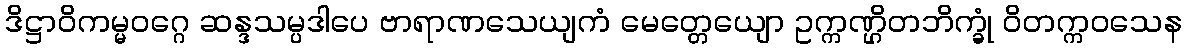
ဒိဋ္ဌာဝိကမ္မဝဂ္ဂေ ဆန္ဒသမ္ပဒါပေ ဗာရာဏသေယျကံ မေတ္တေယျော ဥက္ကဏ္ဌိတဘိက္ခုံ ဝိတက္ကဝသေန